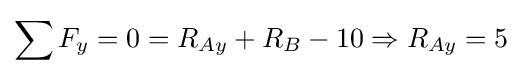
\sum F_{y}=0=R_{Ay}+R_{B}-10\Rightarrow R_{Ay}=5